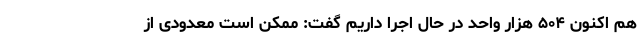
هم اکنون ۵۰۴ هزار واحد در حال اجرا داریم گفت: ممکن است معدودی از